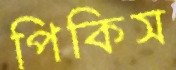
পিকিস